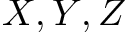
X , Y , Z